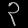
Digit: ၃